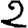
Digit: 2